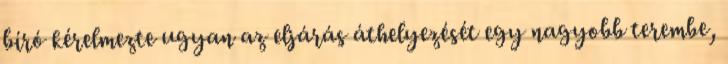
bíró kérelmezte ugyan az eljárás áthelyezését egy nagyobb terembe,